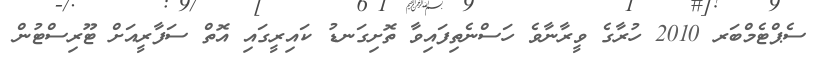
ސެޕްޓެމްބަރ 2010 ހުރާގެ ވީރާނާވެ ހަސްނެތިފައިވާ ތޮށިގަނޑު ކައިރީގައި އޮތް ސަފާރީއަށް ޓޫރިސްޓުން